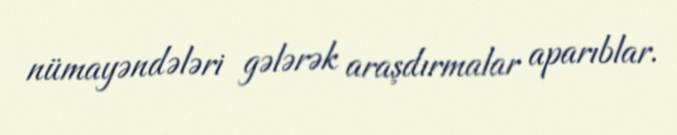
nümayəndələri gələrək araşdırmalar aparıblar.